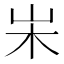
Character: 𡵬